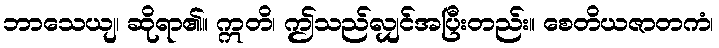
ဘာသေယျ၊ ဆိုရာ၏။ ဣတိ၊ ဤသည်လျှင်အပြီးတည်း။ စေတိယဇာတကံ၊